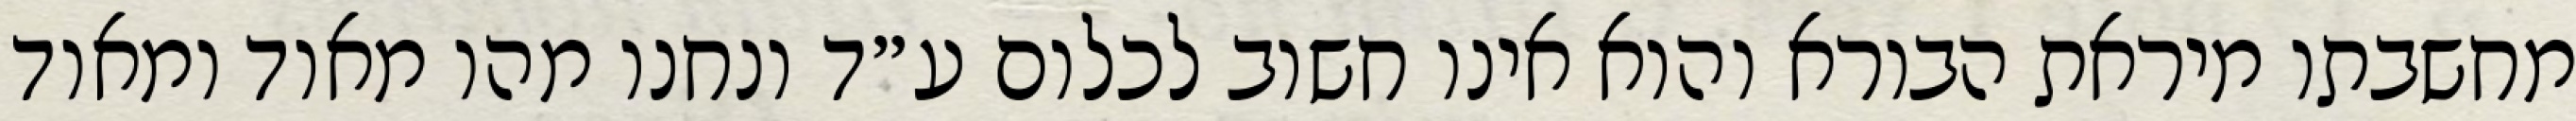
מחשבתו מיראת הבורא והוא אינו חשוב לכלום ע״ד ונחנו מהו מאוד ומאוד